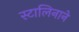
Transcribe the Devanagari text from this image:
स्टालिनाने